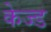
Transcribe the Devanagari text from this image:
केज्ड